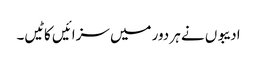
ادیبوں نے ہر دور میں سزائیں کاٹیں۔